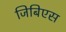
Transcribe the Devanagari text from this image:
जिबिएस